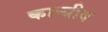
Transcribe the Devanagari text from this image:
कान्ग्रीव